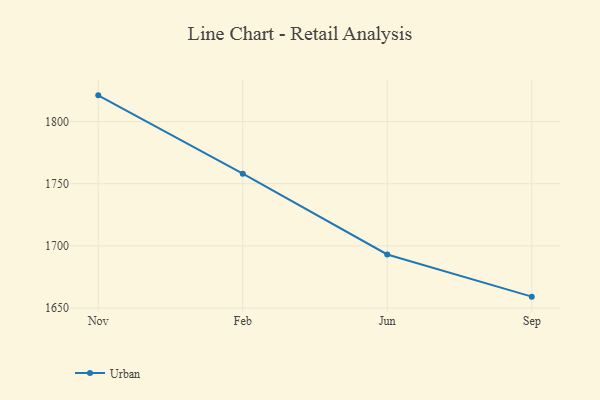
{"axis": {"x": "Month", "y": "LTV (USD)"}, "legend": ["Urban"], "data": [{"x": "Nov", "y": 1821.0, "type": "Urban"}, {"x": "Feb", "y": 1758.0, "type": "Urban"}, {"x": "Jun", "y": 1693.1, "type": "Urban"}, {"x": "Sep", "y": 1659.2, "type": "Urban"}]}